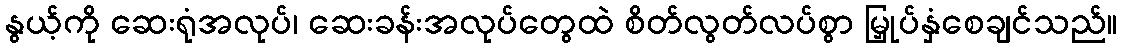
နွယ့်ကို ဆေးရုံအလုပ်၊ ဆေးခန်းအလုပ်တွေထဲ စိတ်လွတ်လပ်စွာ မြှုပ်နှံစေချင်သည်။